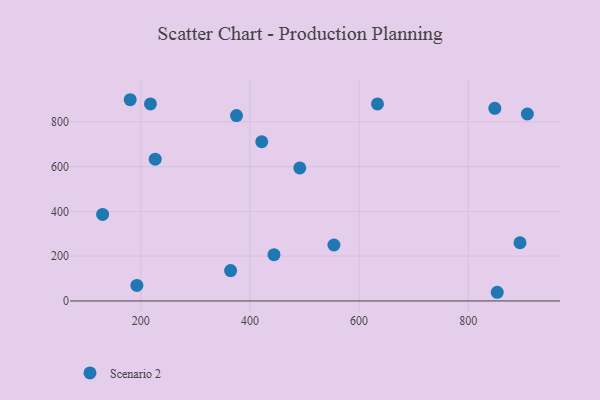
{"axis": {"x": "Experience", "y": "Profit"}, "legend": ["Scenario 2"], "data": [{"x": "894.7", "y": 260.0, "type": "Scenario 2"}, {"x": "180.8", "y": 898.7, "type": "Scenario 2"}, {"x": "130.3", "y": 386.2, "type": "Scenario 2"}, {"x": "491.4", "y": 594.0, "type": "Scenario 2"}, {"x": "193.0", "y": 69.5, "type": "Scenario 2"}, {"x": "848.6", "y": 860.5, "type": "Scenario 2"}, {"x": "553.9", "y": 249.8, "type": "Scenario 2"}, {"x": "421.7", "y": 710.9, "type": "Scenario 2"}, {"x": "853.0", "y": 38.7, "type": "Scenario 2"}, {"x": "217.9", "y": 879.9, "type": "Scenario 2"}, {"x": "633.7", "y": 879.9, "type": "Scenario 2"}, {"x": "444.1", "y": 206.7, "type": "Scenario 2"}, {"x": "226.6", "y": 633.1, "type": "Scenario 2"}, {"x": "375.5", "y": 827.7, "type": "Scenario 2"}, {"x": "908.2", "y": 835.0, "type": "Scenario 2"}, {"x": "364.7", "y": 135.6, "type": "Scenario 2"}]}